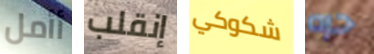
أأمل إنقلب شكوكي حره